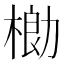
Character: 𬃌